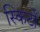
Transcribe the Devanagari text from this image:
स्किर्टों